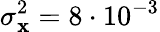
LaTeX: \sigma_{\mathbf{x}}^{2}=8\cdot 10^{-3}